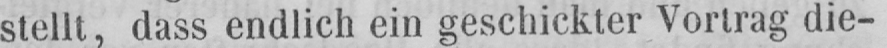
stellt, dass endlich ein geschickter Vortrag die-